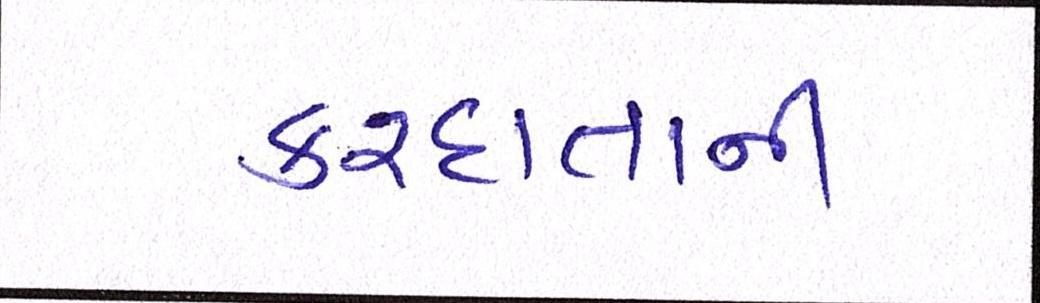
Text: કરદાતાની